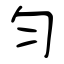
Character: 匀